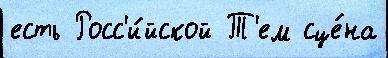
есть Росс'и́йской Т'ем сце́на